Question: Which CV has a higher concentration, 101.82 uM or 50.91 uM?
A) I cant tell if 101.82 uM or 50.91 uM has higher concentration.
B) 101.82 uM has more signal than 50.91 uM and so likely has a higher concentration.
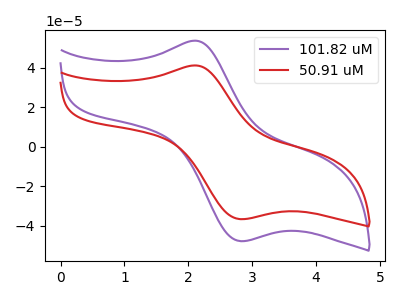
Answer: <think>The purple curve "101.82 uM" has an anodic peak at (2.10V, 53.70uA) and a cathodic peak at (2.80V, -47.75uA). The red curve "50.91 uM" has an anodic peak at (2.10V, 41.20uA) and a cathodic peak at (2.80V, -36.60uA).
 All the peaks in "101.82 uM" have a peak in "50.91 uM" at the same potential. Every peak in "101.82 uM" is higher than every peak in "50.91 uM".</think>
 <answer>B) "101.82 uM" has more signal than "50.91 uM" and so likely has a higher concentration.</answer>
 <eval>B</eval>